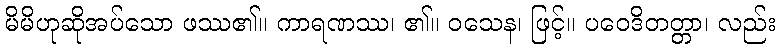
မိမိဟုဆိုအပ်သော ဖဿ၏။ ကာရဏဿ၊ ၏။ ဝသေန၊ ဖြင့်။ ပဝေဒိတတ္တာ၊ လည်း